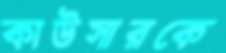
কাউসারকে